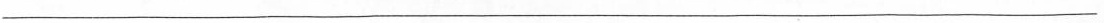
___